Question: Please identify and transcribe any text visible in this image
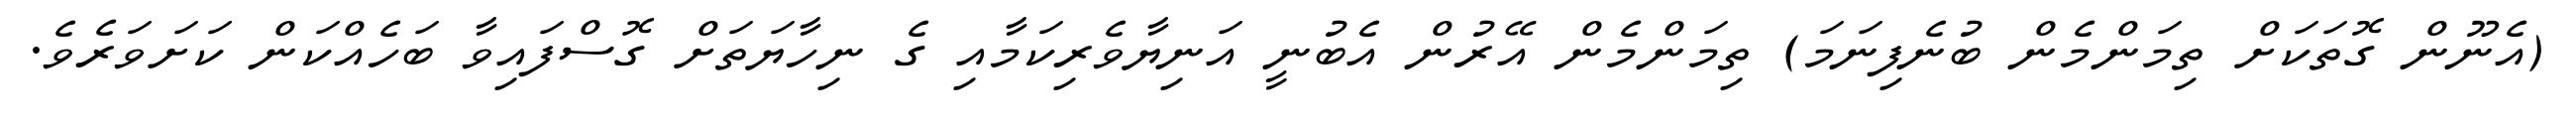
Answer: (އެނޫން ގޮތަކަށް ތިމަންމެން ބުނެފިނަމަ) ތިމަންމެން އޭރުން އެބުނީ އަނިޔާވެރިކަމާއި ގެ ނިހާޔަތަށް ގޮސްފައިވާ ބަހެއްކަން ކަށަވަރެވެ.